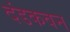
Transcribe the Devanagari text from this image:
दंडकवन